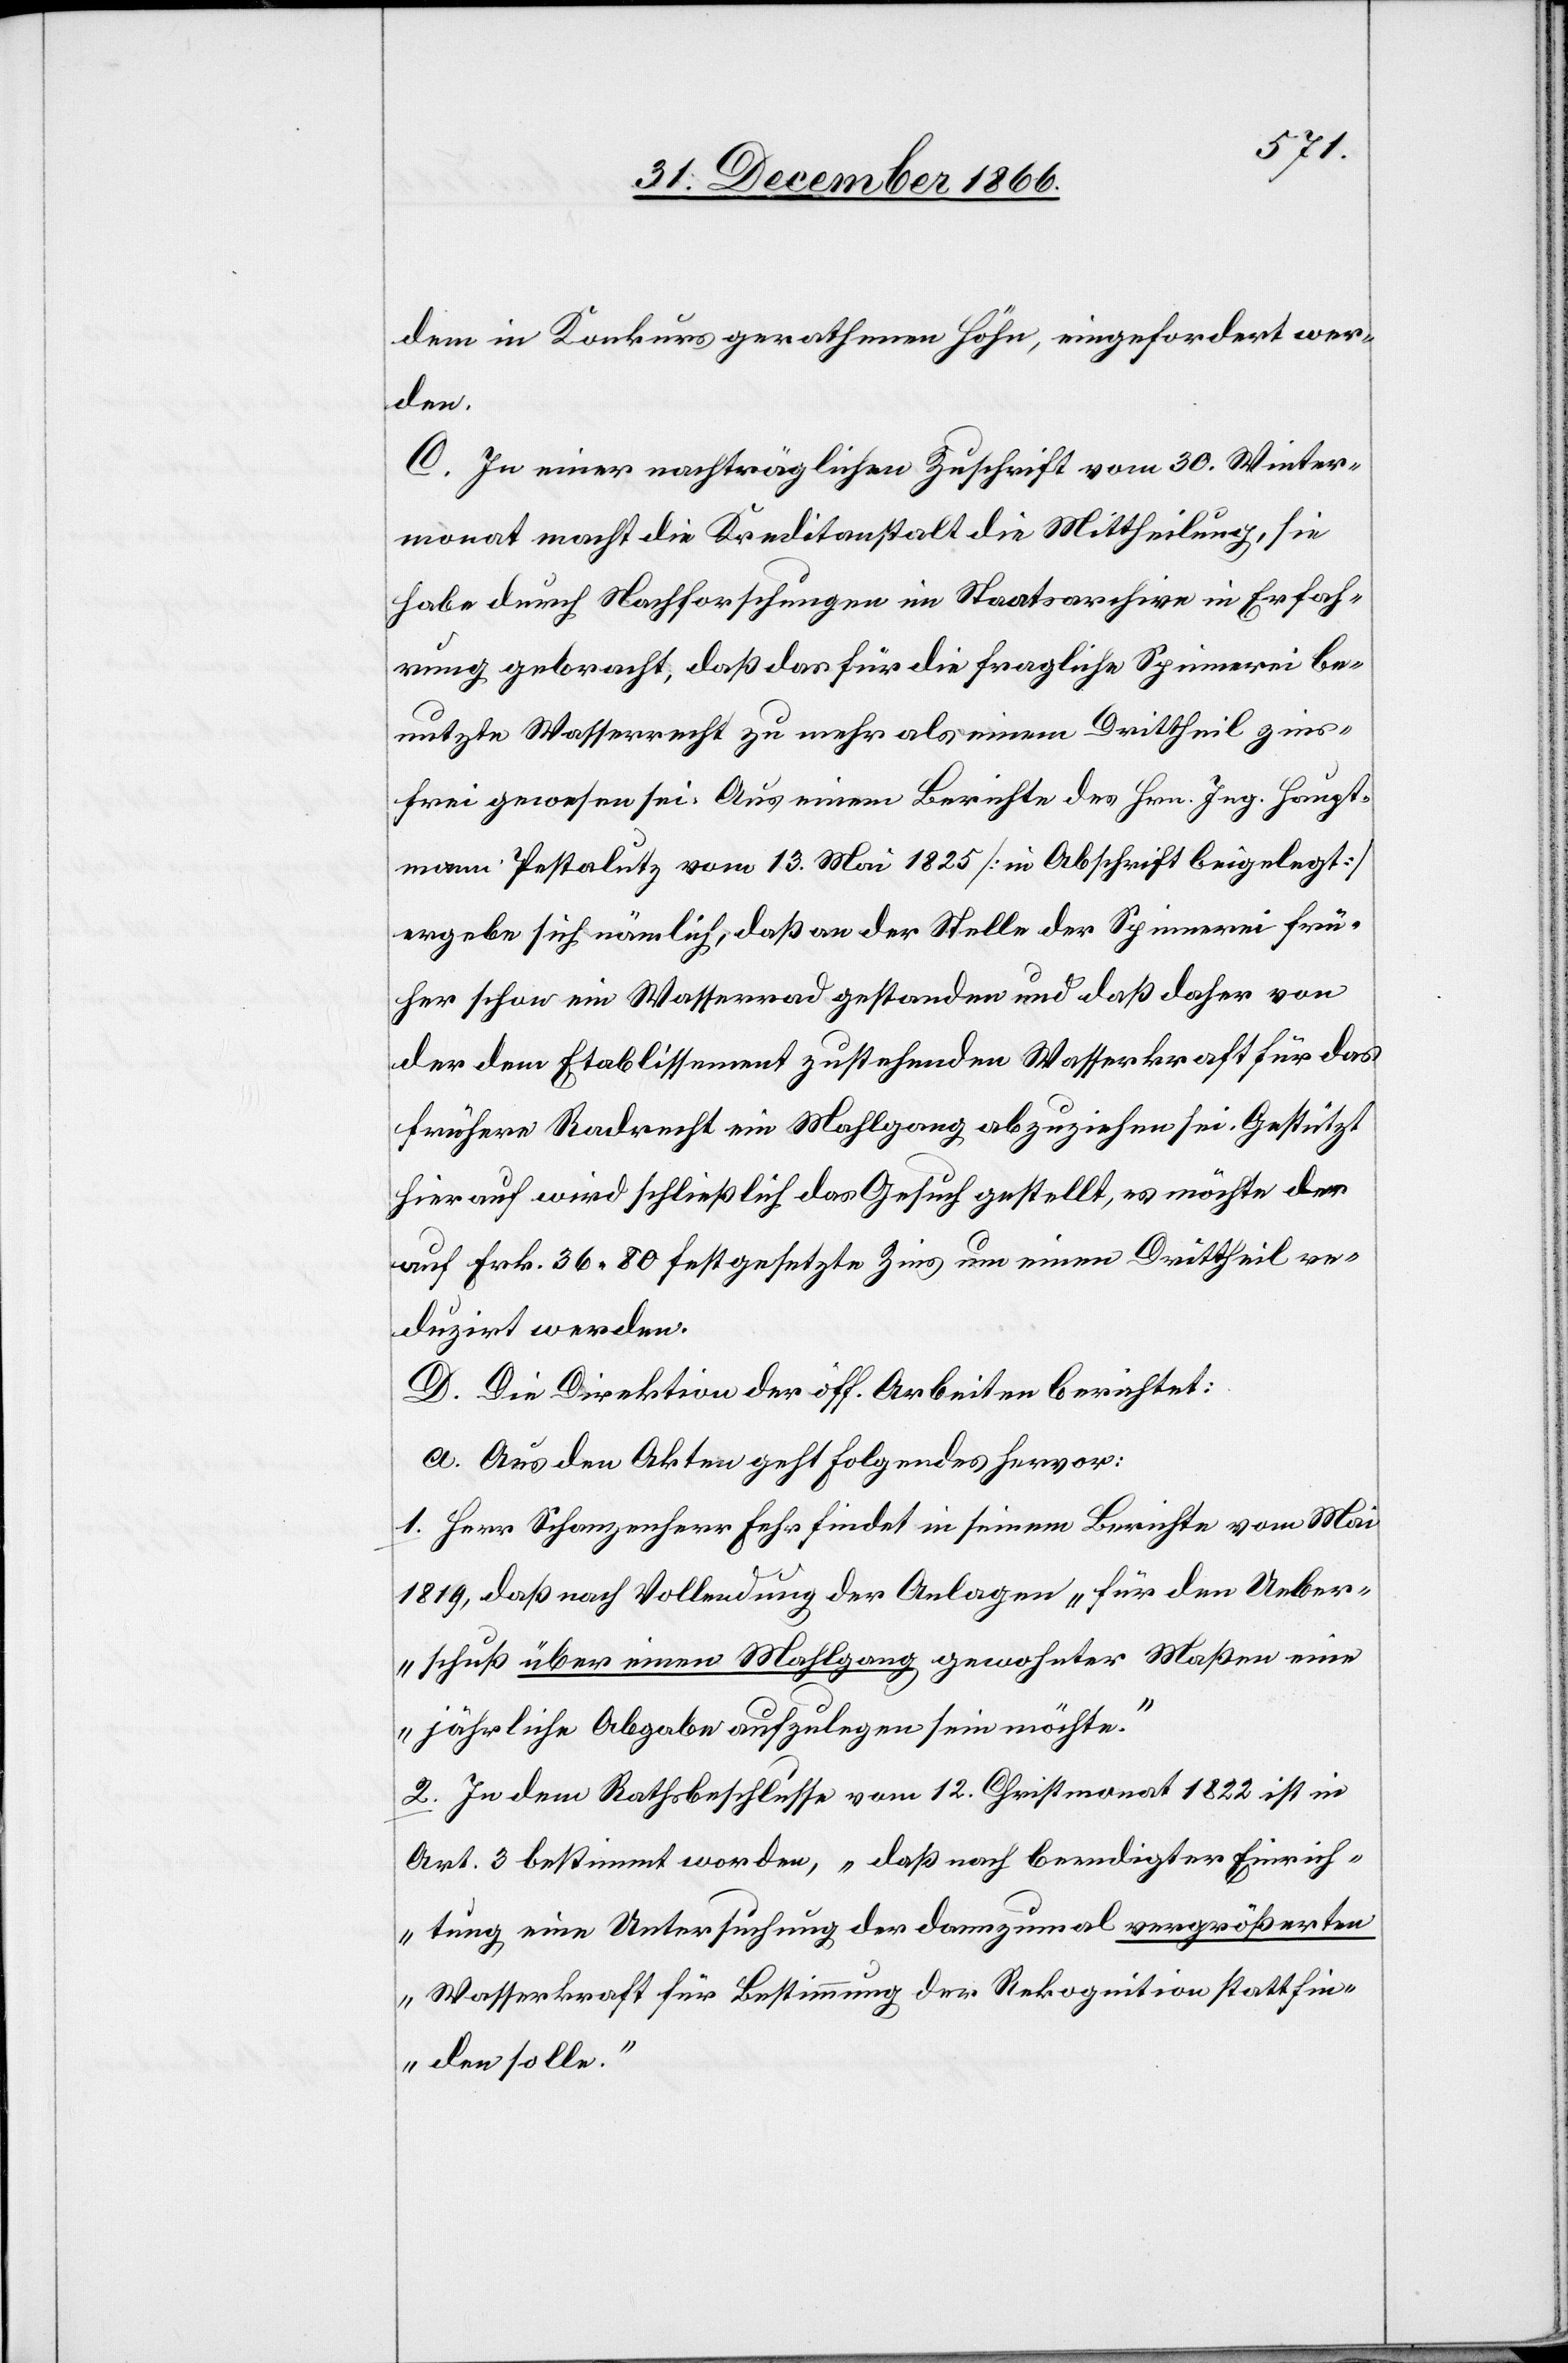
dem in Konkurs gerathenen Höhn, eingefordert wer¬
den.
C. In einer nachträglichen Zuschrift vom 30. Winter¬
monat macht die Kreditanstalt die Mittheilung, sie
habe durch Nachforschungen im Staatsarchive in Erfah¬
rung gebracht, daß das für die fragliche Spinnerei be¬
nutzte Wasserrecht zu mehr als einem Drittheil zins¬
frei gewesen sei. Aus einem Berichte des Hrn. Ing. Haupt¬
mann Pestalutz vom 13. Mai 1825 [in Abschrift beigelegt]
ergebe sich nämlich, daß an der Stelle der Spinnerei frü¬
her schon ein Wasserrad gestanden und daß daher von
der dem Etablissement zustehenden Wasserkraft für das
frühere Radrecht ein Mahlgang abzuziehen sei. Gestützt
hierauf wird schließlich das Gesuch gestellt, es möchte der
auf Frk. 36.80 festgesetzte Zins um einen Drittheil re¬
duzirt werden.
D. Die Direktion der öff. Arbeiten berichtet:
a. Aus den Akten geht folgendes hervor:
1. Herr Schanzenherr Fehr findet in seinem Berichte vom Mai
1819, daß nach Vollendung der Anlagen „für den Ueber¬
schuß über einen Mahlgang gewohnter Maßen eine
jährliche Abgabe aufzulegen sein möchte.“
2. In dem Rathsbeschlusse vom 12. Christmonat 1822 ist in
Art. 3 bestimmt worden, „daß nach beendigter Einrich¬
tung eine Untersuchung der dannzumal vergrößerten
Wasserkraft für Bestimmung der Rekognition stattfin¬
den solle.“